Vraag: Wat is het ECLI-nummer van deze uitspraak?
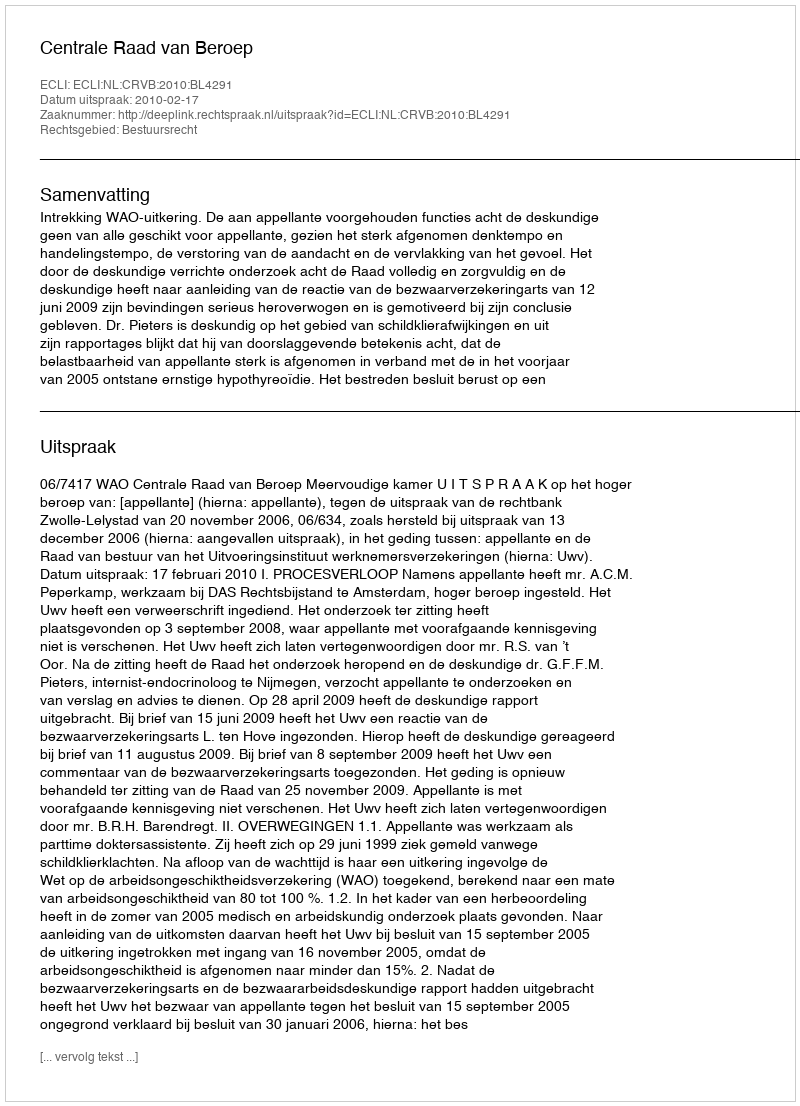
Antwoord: ECLI:NL:CRVB:2010:BL4291